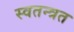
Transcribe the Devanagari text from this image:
स्वतन्त्रत